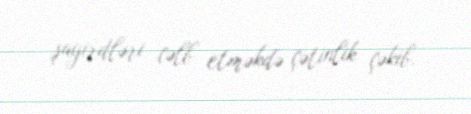
şagirdləri cəlb etməkdə çətinlik çəkib.